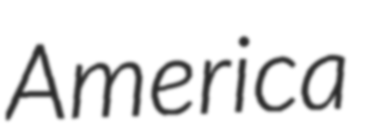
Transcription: America